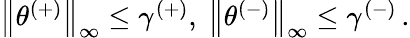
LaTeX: \begin{array}{r}{\left\lVert\theta^{(+)}\right\rVert_{\infty}\leq\gamma^{(+)},\ \left\lVert\theta^{(-)}\right\rVert_{\infty}\leq\gamma^{(-)}\, .}\end{array}